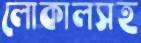
লোকালসহ